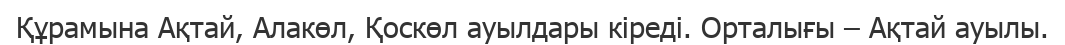
Құрамына Ақтай, Алакөл, Қоскөл ауылдары кіреді. Орталығы – Ақтай ауылы.